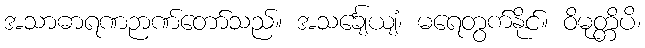
အသာဓာရဏဉာဏ်တော်သည်။ အသင်္ချေယျံ၊ မရေတွက်နိုင်။ ဝိမုတ္တိပိ၊